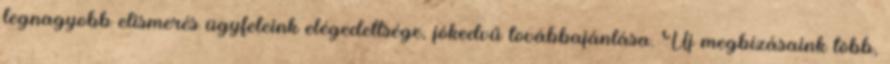
legnagyobb elismerés ügyfeleink elégedettsége, jókedvű továbbajánlása. Új megbízásaink több,